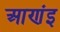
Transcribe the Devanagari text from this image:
आणंइ